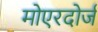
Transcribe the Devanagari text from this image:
मोएरदोर्ज